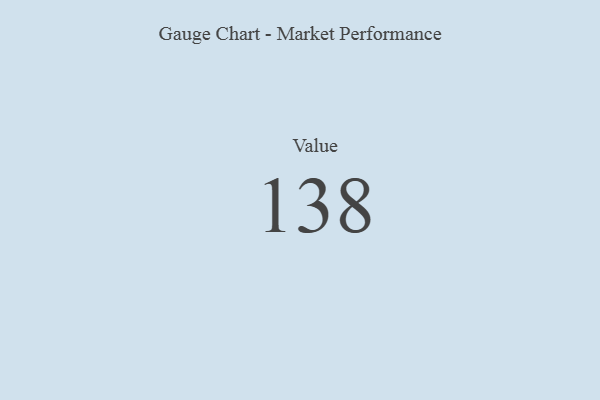
{"axis": {"x": "Metric", "y": "Value"}, "legend": [""], "data": [{"x": "Value", "y": 138, "type": ""}]}